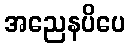
အညေနပိပေ